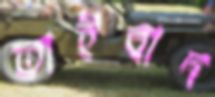
তাইবাদ